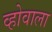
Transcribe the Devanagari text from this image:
व्होवाला